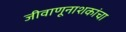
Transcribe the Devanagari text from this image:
जीवाणूनाशकांचा